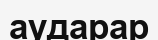
аударар